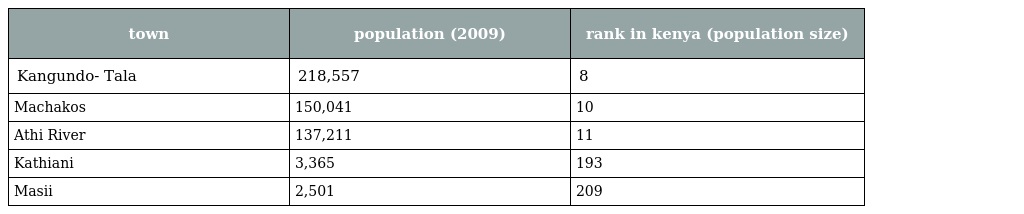
| town | population (2009) | rank in kenya (population size) |
 | --- | --- | --- |
 | Kangundo- Tala | 218,557 | 8 |
 | Machakos | 150,041 | 10 |
 | Athi River | 137,211 | 11 |
 | Kathiani | 3,365 | 193 |
 | Masii | 2,501 | 209 |